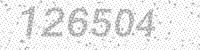
Solution: 126504